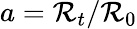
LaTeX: a=\mathcal{R}_{t}/\mathcal{R}_{0}